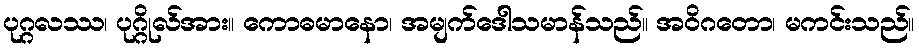
ပုဂ္ဂလဿ၊ ပုဂ္ဂိုလ်အား။ ကောဓမာနော၊ အမျက်ဒေါသမာန်သည်။ အဝိဂတော၊ မကင်းသည်။